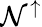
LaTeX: \mathcal{N}^{\uparrow}